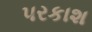
પરકાશ